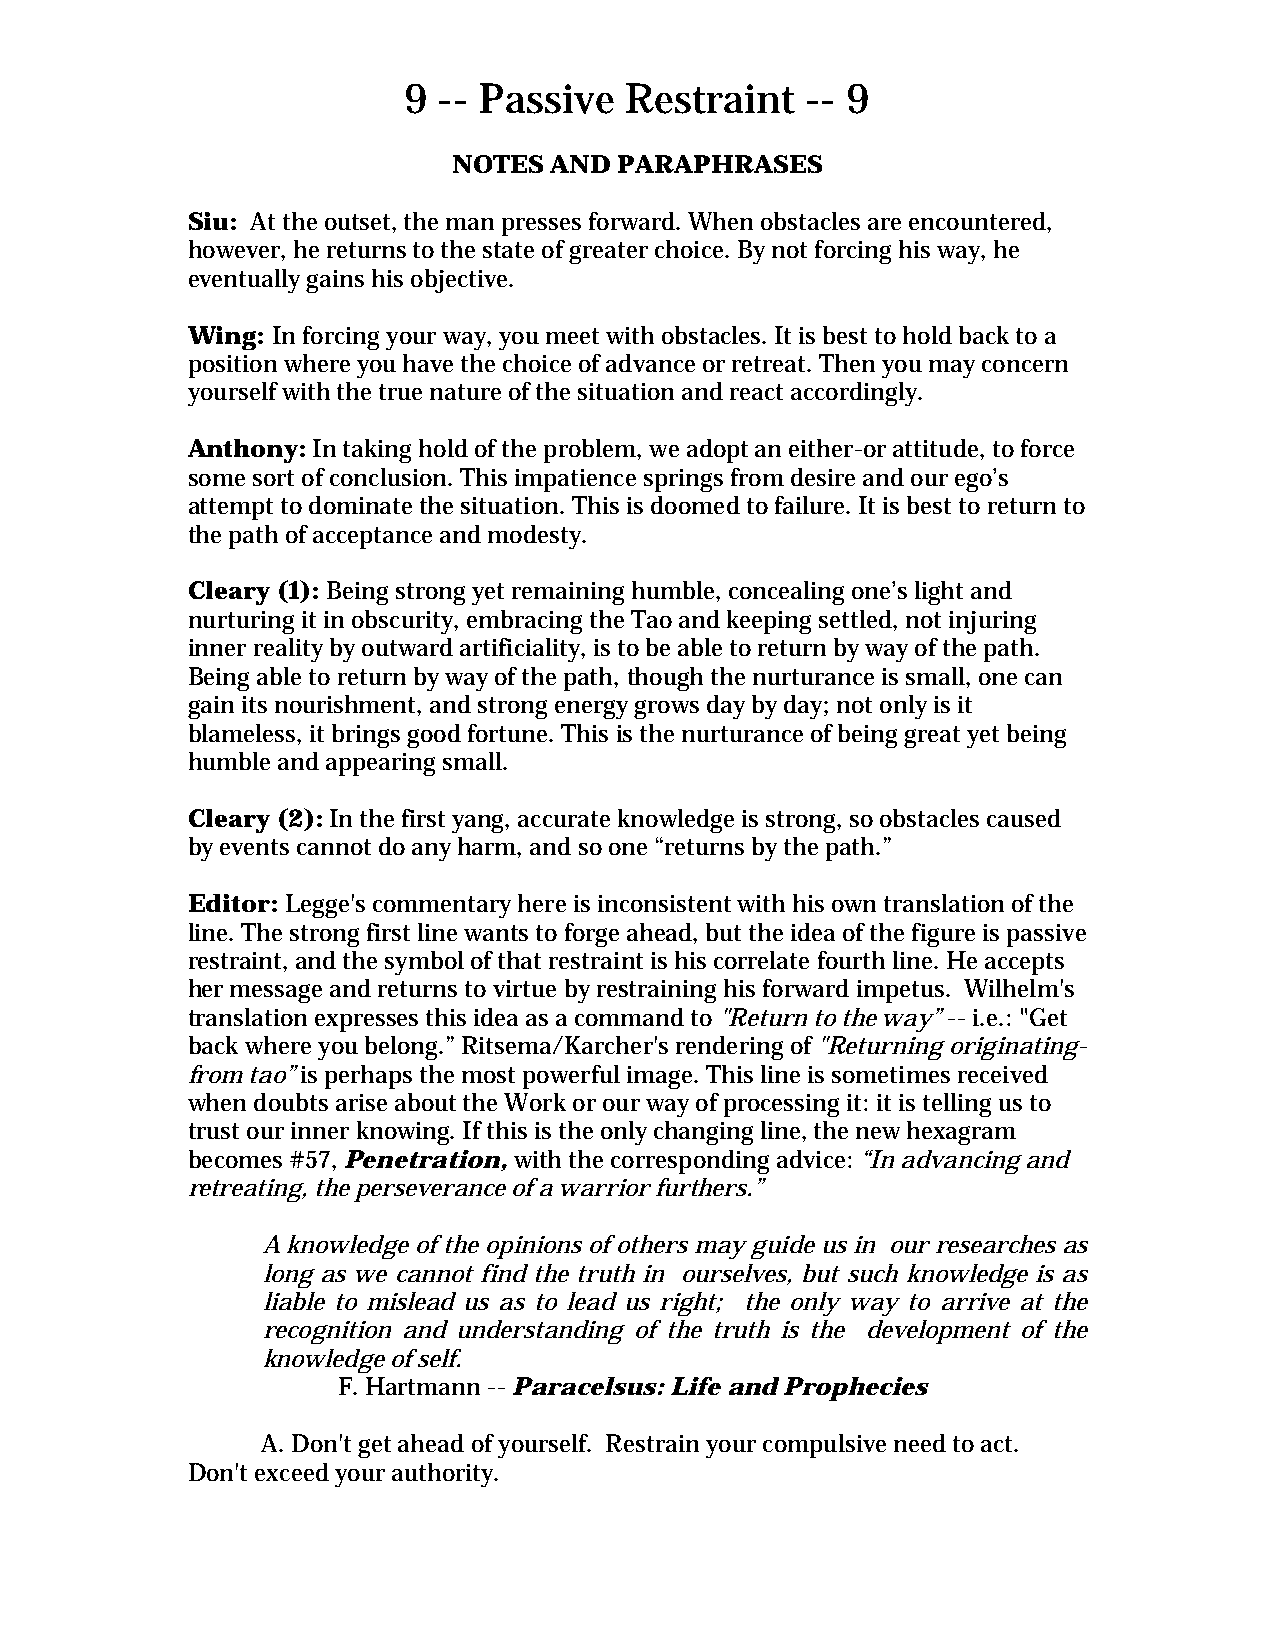
9 -- Passive  Restraint   -- 9
 NOTES AND  PARAPHRASES
 Siu: At the outset, the man presses forward. When obstacles are encountered,
 however, he returns to the state of greater choice. By not forcing his way, he
 eventually gains his objective.
 Wing: In forcing your way, you meet with obstacles. It is best to hold back to a
 position where you have the choice of advance or retreat. Then you may concern
 yourself with the true nature of the situation and react accordingly.
 Anthony: In taking hold of the problem, we adopt an either-or attitude, to force
 some sort of conclusion. This impatience springs from desire and our ego’s
 attempt to dominate the situation. This is doomed to failure. It is best to return to
 the path of acceptance and modesty.
 Cleary (1): Being strong yet remaining humble, concealing one’s light and
 nurturing it in obscurity, embracing the Tao and keeping settled, not injuring
 inner reality by outward artificiality, is to be able to return by way of the path.
 Being able to return by way of the path, though the nurturance is small, one can
 gain its nourishment, and strong energy grows day by day; not only is it
 blameless, it brings good fortune. This is the nurturance of being great yet being
 humble and appearing small.
 Cleary (2): In the first yang, accurate knowledge is strong, so obstacles caused
 by events cannot do any harm, and so one “returns by the path.”
 Editor: Legge's commentary here is inconsistent with his own translation of the
 line. The strong first line wants to forge ahead, but the idea of the figure is passive
 restraint, and the symbol of that restraint is his correlate fourth line. He accepts
 her message and returns to virtue by restraining his forward impetus. Wilhelm's
 translation expresses this idea as a command to "Return to the way” -- i.e.: "Get
 back where you belong.” Ritsema/Karcher's rendering of "Returning originating-
 from tao” is perhaps the most powerful image. This line is sometimes received
 when doubts arise about the Work or our way of processing it: it is telling us to
 trust our inner knowing. If this is the only changing line, the new hexagram
 becomes #57, Penetration, with the corresponding advice: “In advancing and
 retreating, the perseverance of a warrior furthers.”
 A knowledge of the opinions of others may guide us in our researches as
 long as we cannot find the truth in ourselves, but such knowledge is as
 liable to mislead us as to lead us right; the only way to arrive at the
 recognition and understanding of the truth is the development of the
 knowledge of self.
 F. Hartmann -- Paracelsus: Life and Prophecies
 A. Don't get ahead of yourself. Restrain your compulsive need to act.
 Don't exceed your authority.